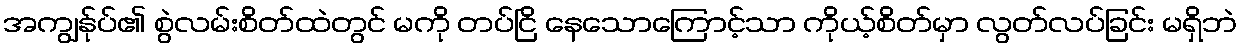
အကျွန်ုပ်၏ စွဲလမ်းစိတ်ထဲတွင် မကို တပ်ငြိ နေသောကြောင့်သာ ကိုယ့်စိတ်မှာ လွတ်လပ်ခြင်း မရှိဘဲ